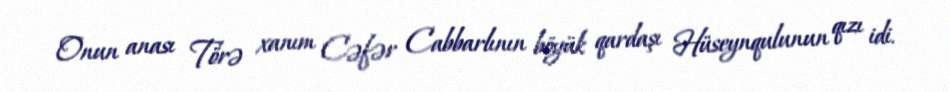
Onun anası Törə xanım Cəfər Cabbarlının böyük qardaşı Hüseynqulunun qızı idi.